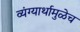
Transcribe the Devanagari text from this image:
व्यंग्यार्थामुळेच